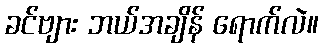
ခင်ဗျား ဘယ်အချိန် ရောက်လဲ။